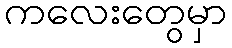
ကလေးတွေမှာ